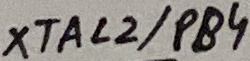
Text: XTAL2/PB4